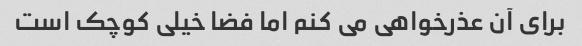
برای آن عذرخواهی می کنم اما فضا خیلی کوچک است